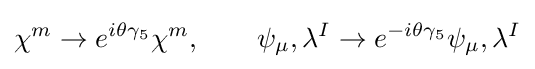
\chi ^{m}\rightarrow e^{i\theta \gamma _{5}}\chi ^{m},\ \ \ \ \ \ \psi _{\mu },\lambda ^{I}\rightarrow e^{-i\theta \gamma _{5}}\psi _{\mu },\lambda ^{I}